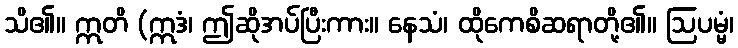
သိ၏။ ဣတိ (ဣဒံ၊ ဤဆိုအပ်ပြီးကား။ နေသံ၊ ထိုကေစိဆရာတို့၏။ ဩပမ္မံ၊